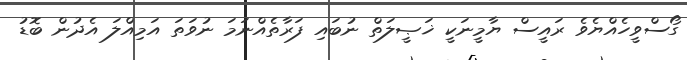
ގޯސްވީހެއްޔެވެ ރައީސް ޔާމީނަކީ ޚަޞީލަތް ނުބައި ފަރާތެއްނަމަ ނުވަތަ އަމިއްލަ އެދުން ބޮޑު